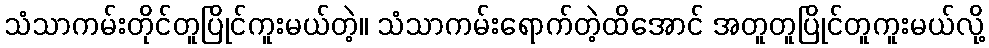
သံသာကမ်းတိုင်တူပြိုင်ကူးမယ်တဲ့။ သံသာကမ်းရောက်တဲ့ထိအောင် အတူတူပြိုင်တူကူးမယ်လို့